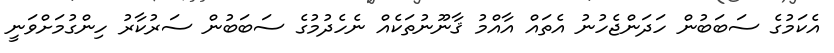
އެކަމުގެ ސަބަބުން ހަދަންޖެހުނު އެތައް އާއްމު ޤާނޫނުތަކެއް ނެހެދުމުގެ ސަބަބުން ސަރުކާރު ހިންގުމަށްވަނީ